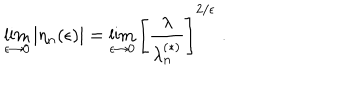
\lim _ { \epsilon \rightarrow 0 } \left| \eta _ { n } ( \epsilon ) \right| = \lim _ { \epsilon \rightarrow 0 } \left[ \frac { \lambda } { \lambda _ { n } ^ { ( \ast ) } } \right] ^ { 2 / \epsilon } \; .